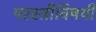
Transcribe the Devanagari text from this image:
परस्त्रीविषयी